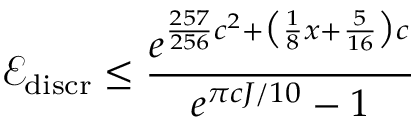
\mathcal { E } _ { \mathrm { d i s c r } } \leq \frac { e ^ { \frac { 2 5 7 } { 2 5 6 } c ^ { 2 } + \big ( \frac { 1 } { 8 } x + \frac { 5 } { 1 6 } \big ) c } } { e ^ { \pi c J / 1 0 } - 1 }